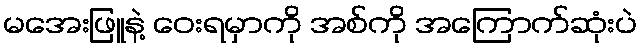
မအေးဖြူနဲ့ ဝေးရမှာကို အစ်ကို အကြောက်ဆုံးပဲ